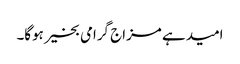
امید ہے مزاج گرامی بخیر ہوگا۔